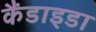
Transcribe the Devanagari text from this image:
कैंडाइडा